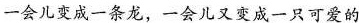
一会儿变成一条龙，一会儿又变成一只可爱的